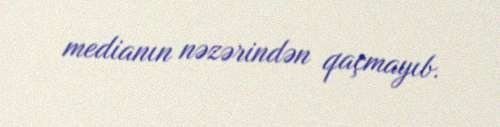
medianın nəzərindən qaçmayıb.